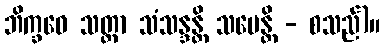
ဘိက္ခဝေ သတ္တာ သံသန္ဒန္တိ သမေန္တိ - စသည်)။